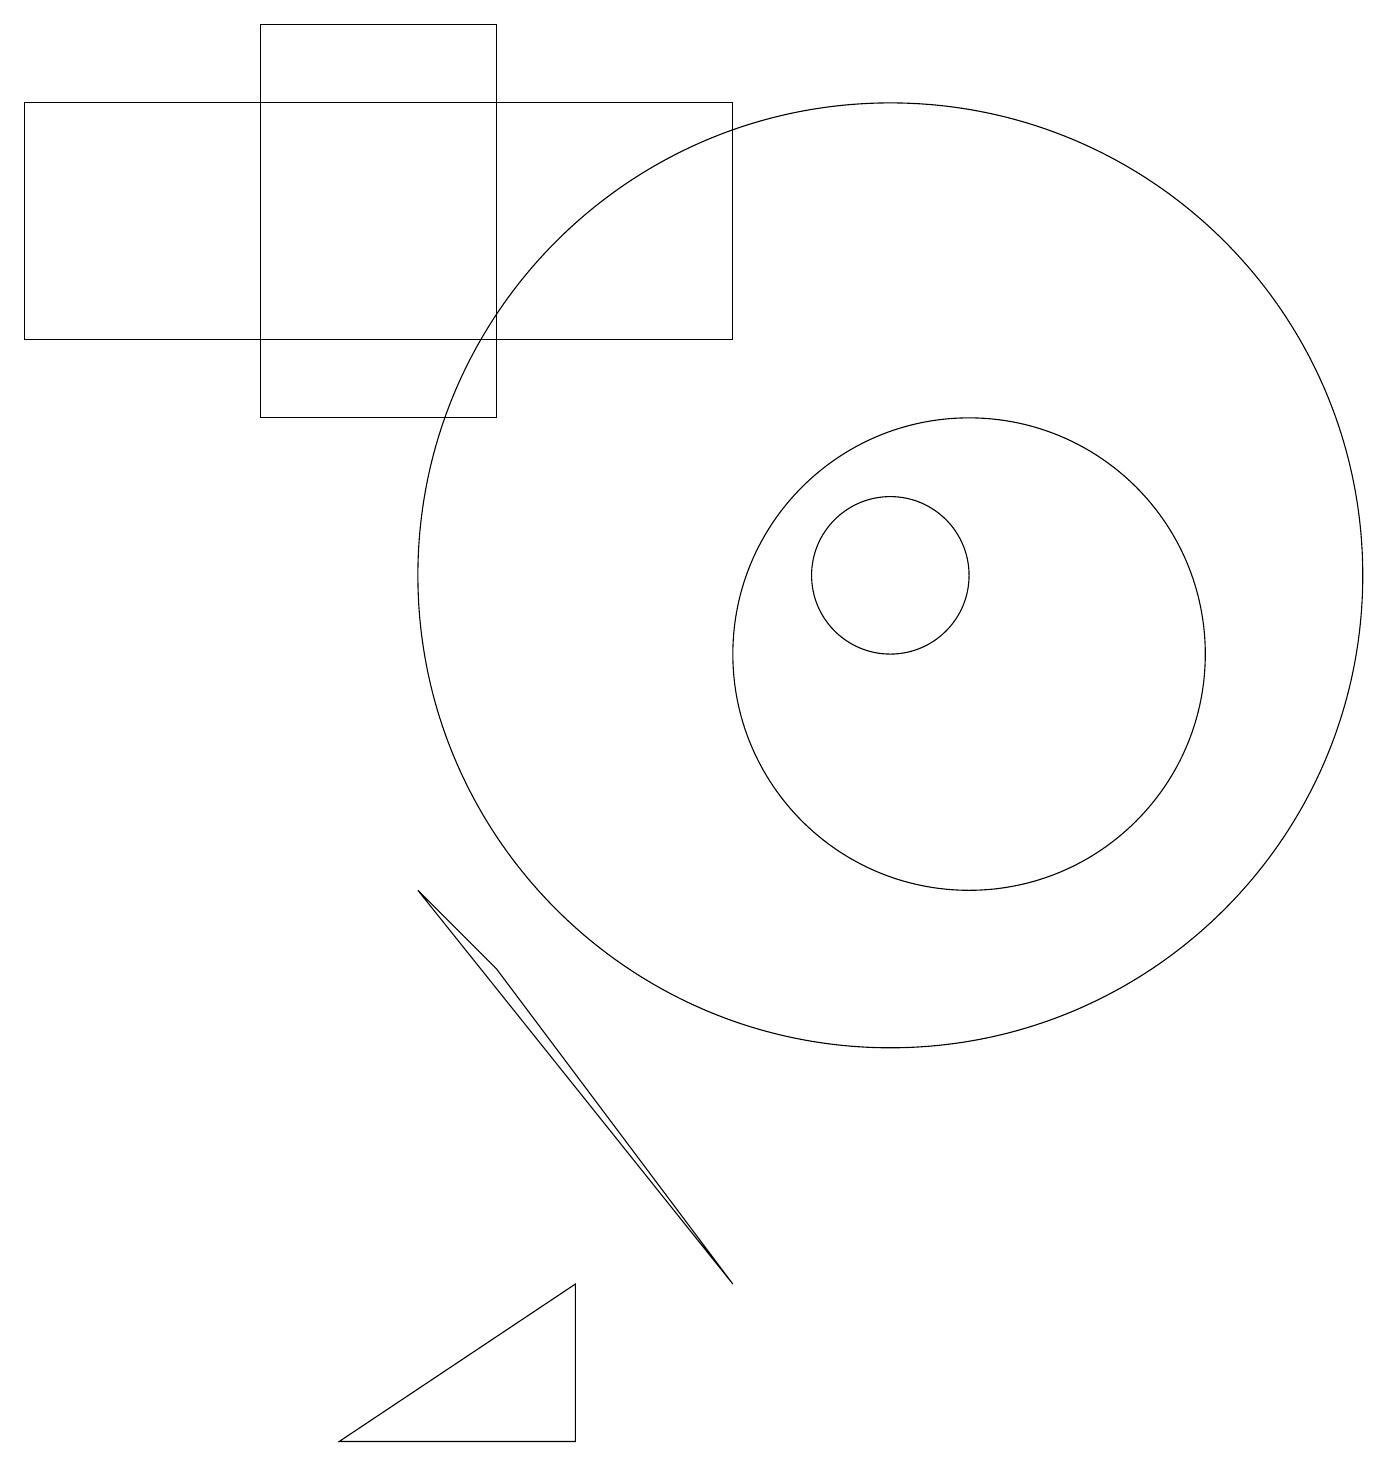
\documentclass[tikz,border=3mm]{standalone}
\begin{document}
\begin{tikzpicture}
\draw (12,10) circle (3);
\draw (5,7) -- (6,6) -- (9,2) -- cycle;
\draw (4,0) -- (7,2) -- (7,0) -- cycle;
\draw (3,18) rectangle (6,13);
\draw (11,11) circle (1);
\draw (11,11) circle (6);
\draw (9,14) rectangle (0,17);
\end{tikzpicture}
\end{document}